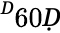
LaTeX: ^Ḋ60Ḍ